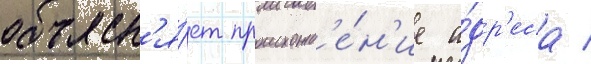
объясн'я́ет происхожд'е́н'ие а́др'еса /